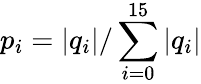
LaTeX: p_{i}=|q_{i}|/\sum_{i=0}^{15}|q_{i}|